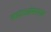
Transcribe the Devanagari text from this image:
नयाओसएस